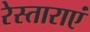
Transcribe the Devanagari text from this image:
रेस्ताराएं